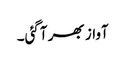
آواز بھر آگئی۔